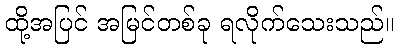
ထို့အပြင် အမြင်တစ်ခု ရလိုက်သေးသည်။